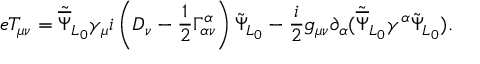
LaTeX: e T _ { \mu \nu } = { \tilde { \overline { { \Psi } } } _ { L _ { 0 } } } { \gamma _ { \mu } } i \left( D _ { \nu } - \frac { 1 } { 2 } \Gamma _ { \alpha \nu } ^ { \alpha } \right) { \tilde { \Psi } } _ { L _ { 0 } } - \frac { i } { 2 } g _ { \mu \nu } \partial _ { \alpha } ( { \tilde { \overline { { \Psi } } } } _ { L _ { 0 } } \gamma ^ { \alpha } { \tilde { \Psi } _ { L _ { 0 } } } ) . \nonumber \,